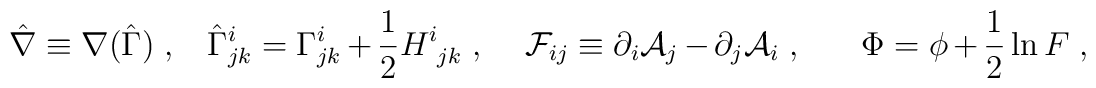
\hat \nabla\equiv  \nabla (\hat \Gamma)\ , \  \ \ \hat \Gamma^i_{jk}=  \Gamma^i_{jk} + {1\over 2} H^i_{\ jk} \ ,  \ \ \ \ {\cal F}_{ij} \equiv  \partial_i {\cal A}_j -\partial_j {\cal A}_i\ ,\  \  \  \ \ \ \Phi =  \phi  + {1\over 2} \ln F\   ,